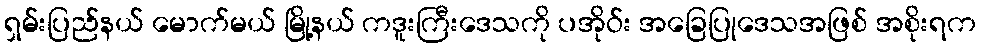
ရှမ်းပြည်နယ် မောက်မယ် မြို့နယ် ကဒူးကြီးဒေသကို ပအိုဝ်း အခြေပြုဒေသအဖြစ် အစိုးရက